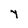
Character: Y